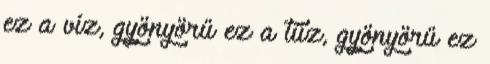
ez a víz, gyönyörű ez a tűz, gyönyörű ez